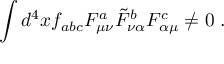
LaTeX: \int d ^ { 4 } x f _ { a b c } F _ { \mu \nu } ^ { a } \tilde { F } _ { \nu \alpha } ^ { b } F _ { \alpha \mu } ^ { c } \ne 0 \; .